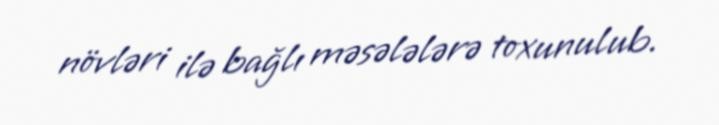
növləri ilə bağlı məsələlərə toxunulub.